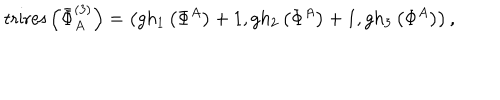
\mathrm { t r i r e s } \left( \bar { \Phi } _ { A } ^ { ( 3 ) } \right) = \left( g h _ { 1 } \left( \Phi ^ { A } \right) + 1 , g h _ { 2 } \left( \Phi ^ { A } \right) + 1 , g h _ { 3 } \left( \Phi ^ { A } \right) \right) ,